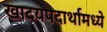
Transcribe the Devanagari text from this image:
खादयपदार्थामध्ये